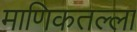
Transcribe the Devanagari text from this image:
माणिकतल्ला